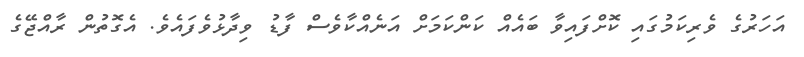
އަހަރުގެ ވެރިކަމުގައި ކޮށްފައިވާ ބައެއް ކަންކަމަށް އަނެއްކާވެސް ފާޑު ވިދާޅުވެފައެވެ. އެގޮތުން ރާއްޖޭގެ